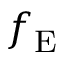
f _ { \mathrm { E } }